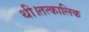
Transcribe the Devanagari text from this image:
थी।तत्कालिक